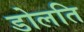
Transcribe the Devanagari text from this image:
डोलति